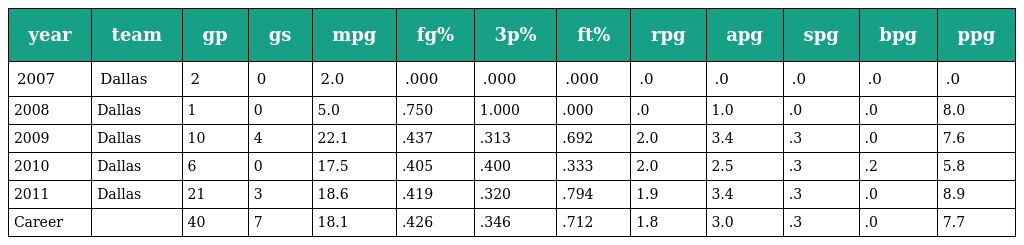
| year | team | gp | gs | mpg | fg% | 3p% | ft% | rpg | apg | spg | bpg | ppg |
 | --- | --- | --- | --- | --- | --- | --- | --- | --- | --- | --- | --- | --- |
 | 2007 | Dallas | 2 | 0 | 2.0 | .000 | .000 | .000 | .0 | .0 | .0 | .0 | .0 |
 | 2008 | Dallas | 1 | 0 | 5.0 | .750 | 1.000 | .000 | .0 | 1.0 | .0 | .0 | 8.0 |
 | 2009 | Dallas | 10 | 4 | 22.1 | .437 | .313 | .692 | 2.0 | 3.4 | .3 | .0 | 7.6 |
 | 2010 | Dallas | 6 | 0 | 17.5 | .405 | .400 | .333 | 2.0 | 2.5 | .3 | .2 | 5.8 |
 | 2011 | Dallas | 21 | 3 | 18.6 | .419 | .320 | .794 | 1.9 | 3.4 | .3 | .0 | 8.9 |
 | Career |  | 40 | 7 | 18.1 | .426 | .346 | .712 | 1.8 | 3.0 | .3 | .0 | 7.7 |